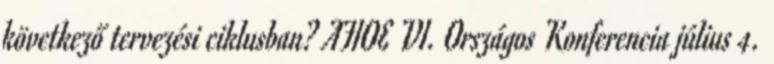
következő tervezési ciklusban? AFIOE VI. Országos Konferencia július 4.